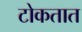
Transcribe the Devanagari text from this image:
टोकतात